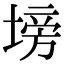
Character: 塝